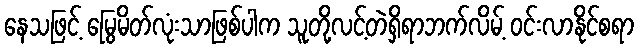
နေသဖြင့် မြွေမိတ်လုံးသာဖြစ်ပါက သူတို့လင့်တဲရှိရာဘက်လိမ့် ဝင်းလာနိုင်စရာ